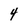
Character: 4